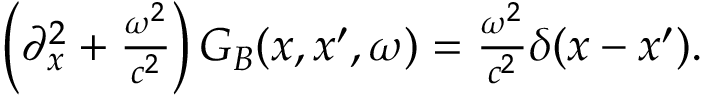
\begin{array} { r } { \left( \partial _ { x } ^ { 2 } + \frac { \omega ^ { 2 } } { c ^ { 2 } } \right) G _ { B } ( x , x ^ { \prime } , \omega ) = \frac { \omega ^ { 2 } } { c ^ { 2 } } \delta ( x - x ^ { \prime } ) . } \end{array}